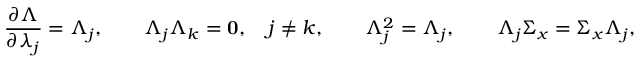
\frac { \partial \Lambda } { \partial \lambda _ { j } } = \Lambda _ { j } , \qquad \Lambda _ { j } \Lambda _ { k } = { \bf 0 } , \quad j \neq k , \qquad \Lambda _ { j } ^ { 2 } = \Lambda _ { j } , \qquad \Lambda _ { j } \Sigma _ { x } = \Sigma _ { x } \Lambda _ { j } ,